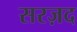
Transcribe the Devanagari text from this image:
सरज़द